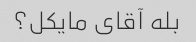
بله آقای مایکل؟